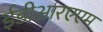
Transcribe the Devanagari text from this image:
ईडीआरएएम